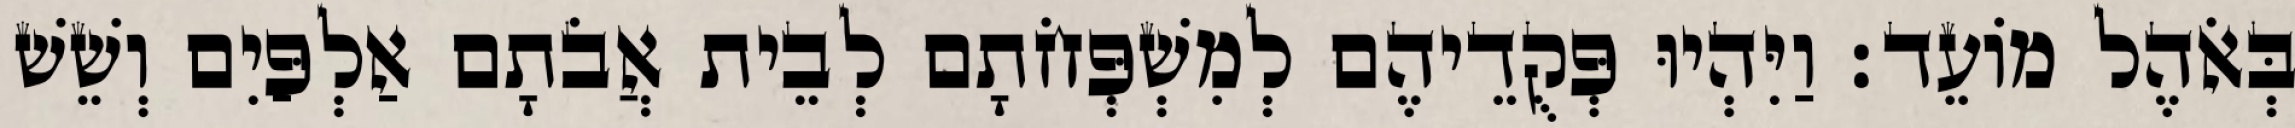
בְּאֹהֶל מוֹעֵד׃ וַיִּהְיוּ פְּקֻדֵיהֶם לְמִשְׁפְּחֹתָם לְבֵית אֲבֹתָם אַלְפַּיִם וְשֵׁשׁ